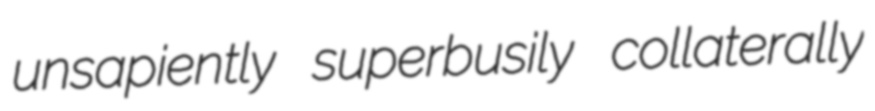
unsapiently superbusily collaterally